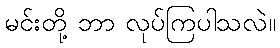
မင်းတို့ ဘာ လုပ်ကြပါသလဲ။